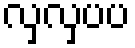
လှလှပပ